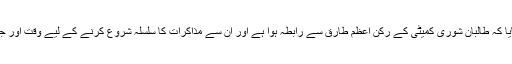
پروفیسر ابراہیم نے بی بی سی کو بتایا کہ طالبان شوری کمیٹی کے رکن اعظم طارق سے رابطہ ہوا ہے اور ان سے مذاکرات کا سلسلہ شروع کرنے کے لیے وقت اور جگہ کے تعین پر بات چیت ہوئی ہے۔